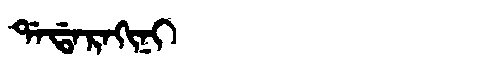
Manchu: ᡩᠠᡩᠠᡵᠠᡴᡳᠨᡳ
Romanization: DADARAKINI